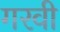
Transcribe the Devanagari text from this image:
गरवी